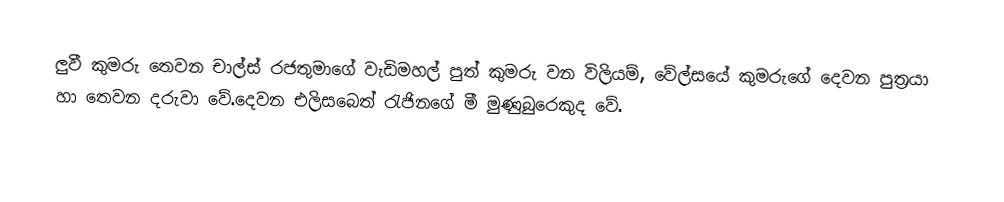
ලුවී කුමරු තෙවන චාල්ස් රජතුමාගේ වැඩිමහල් පුත් කුමරු වන විලියම්, වේල්සයේ කුමරුගේ දෙවන පුත්‍රයා හා තෙවන දරුවා වේ.දෙවන එලිසබෙත් රැජිනගේ මී මුණුබුරෙකුද වේ.